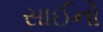
સાઈનો